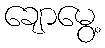
ချောမွေ့